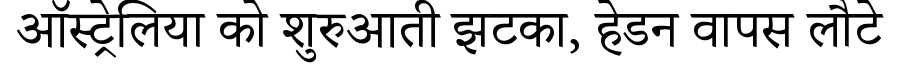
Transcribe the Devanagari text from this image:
ऑस्ट्रेलिया को शुरुआती झटका, हेडन वापस लौटे